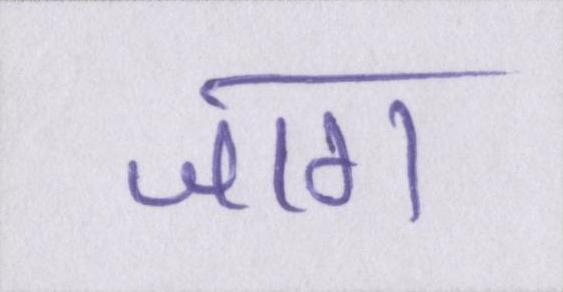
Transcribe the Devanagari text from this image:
जाग